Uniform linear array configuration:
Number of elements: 4
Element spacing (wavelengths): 1
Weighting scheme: blackman
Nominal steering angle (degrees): -45
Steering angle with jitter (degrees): -45.419
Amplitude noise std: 0.05
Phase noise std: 0.05

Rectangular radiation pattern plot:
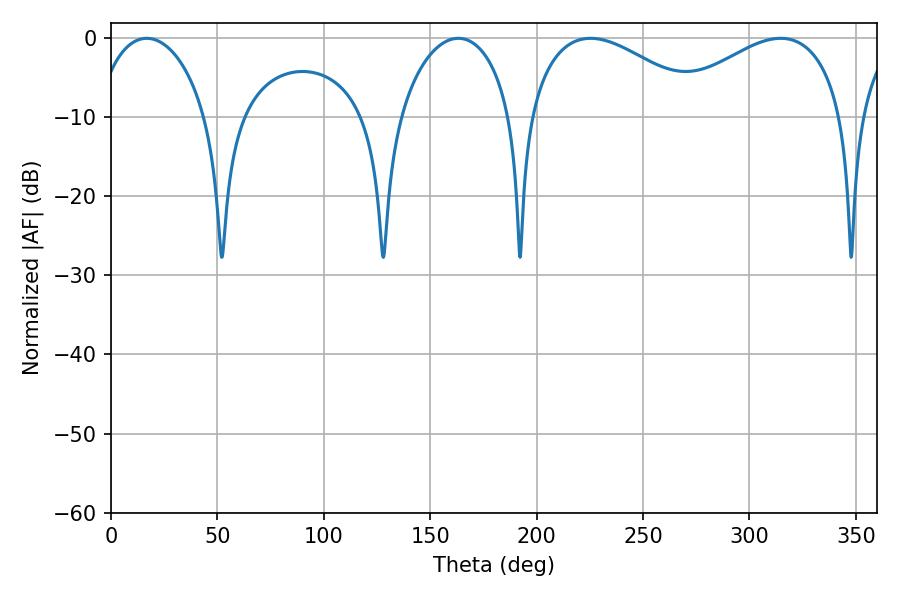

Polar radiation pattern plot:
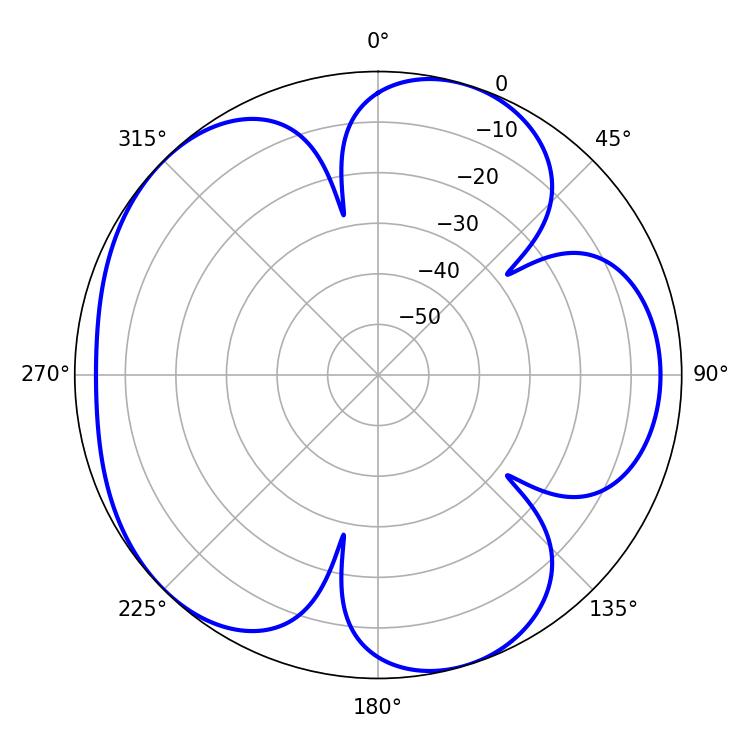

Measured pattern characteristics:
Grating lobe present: TRUE
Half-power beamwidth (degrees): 46.44
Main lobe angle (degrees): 225.36